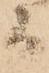
而